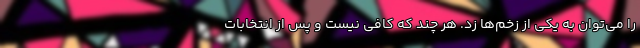
را می‌توان به یکی از زخم‌ها زد. هر چند که کافی نیست و پس از انتخابات